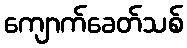
ကျောက်ခေတ်သစ်